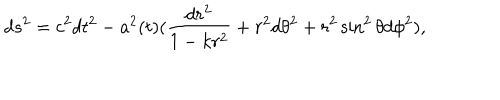
LaTeX: d s ^ { 2 } = c ^ { 2 } d t ^ { 2 } - a ^ { 2 } ( t ) ( \frac { d r ^ { 2 } } { 1 - k r ^ { 2 } } + r ^ { 2 } d \theta ^ { 2 } + r ^ { 2 } \sin ^ { 2 } \theta d \phi ^ { 2 } ) ,